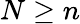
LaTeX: N\geq n